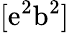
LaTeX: [\mathrm{e}^{2}\mathrm{{b}}^{2}]